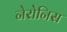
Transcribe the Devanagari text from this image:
नेरोनिस